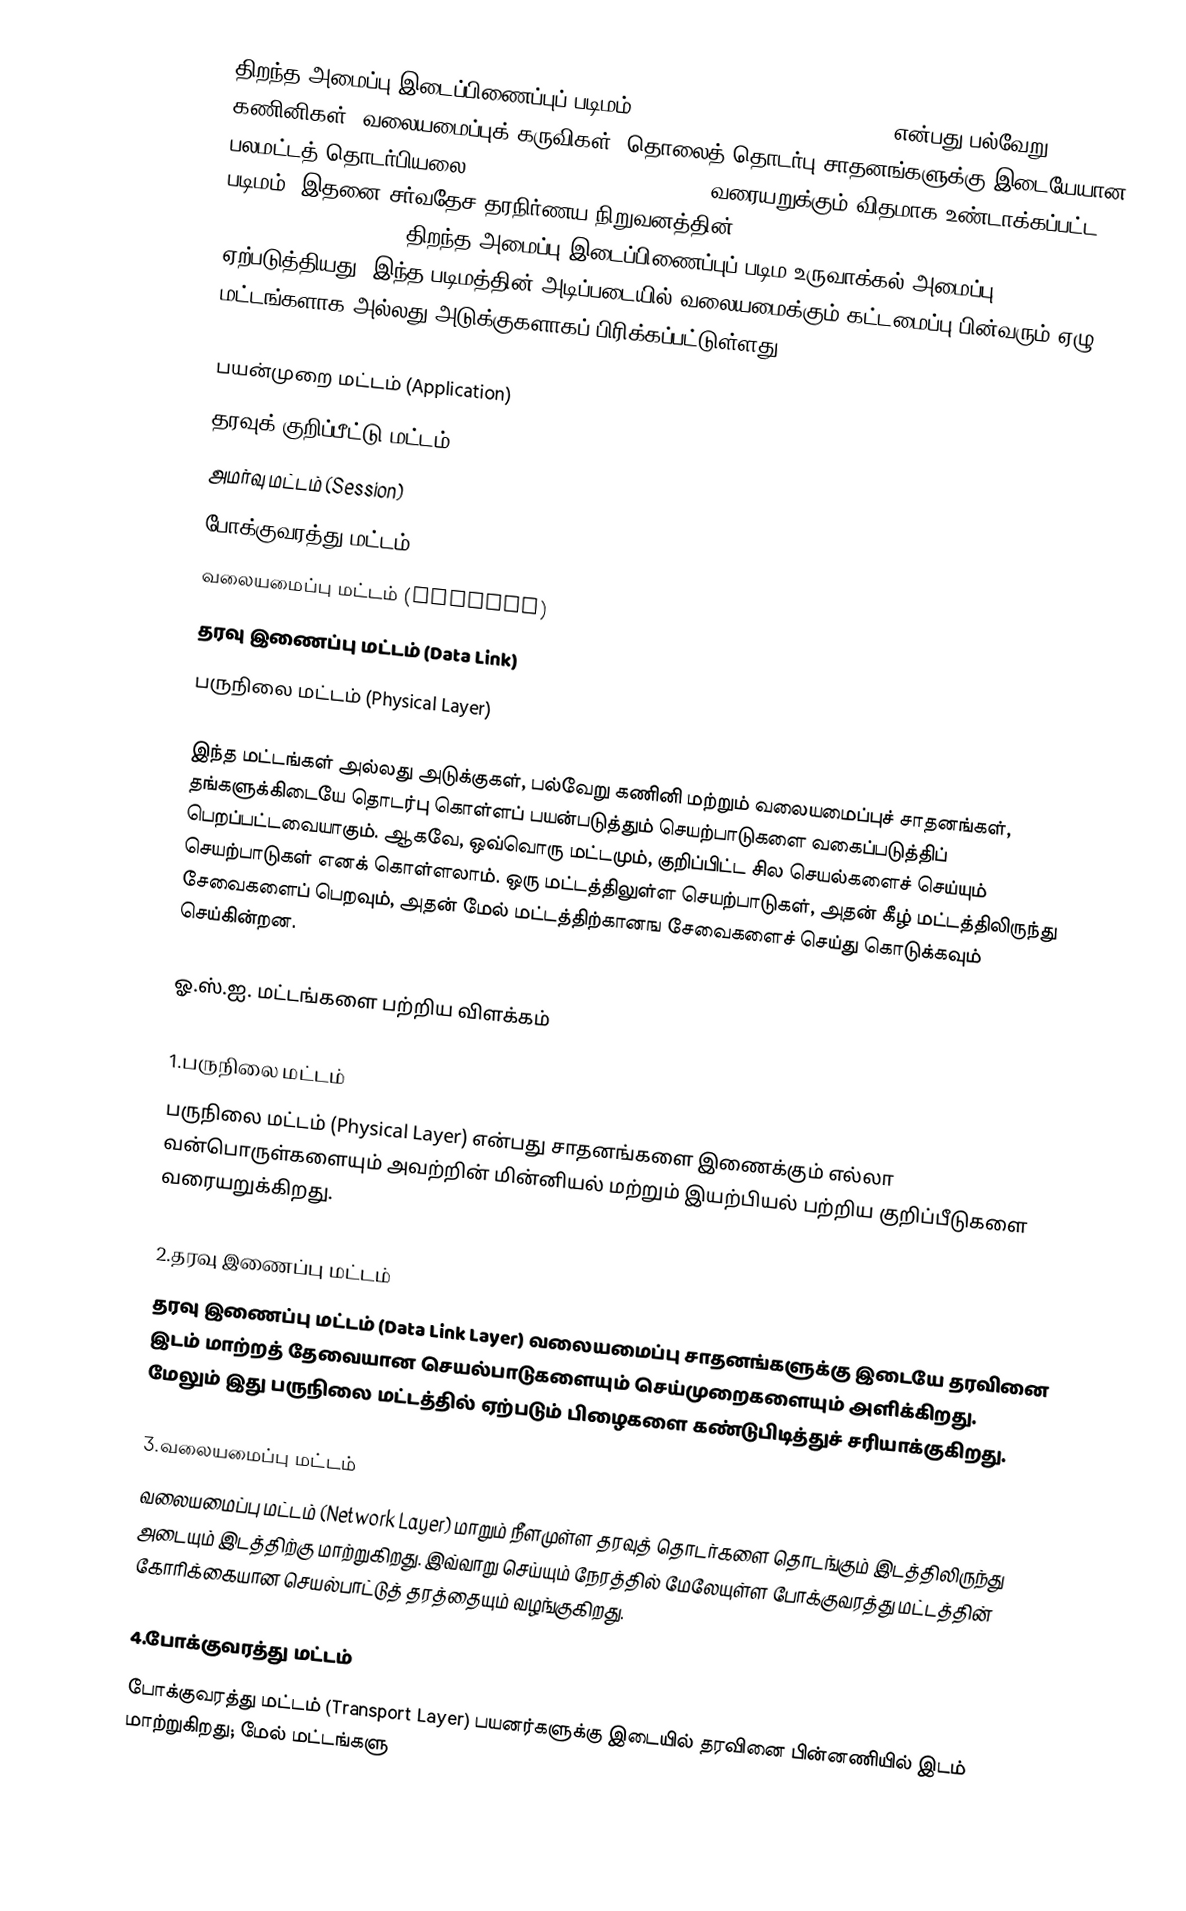
திறந்த அமைப்பு இடைப்பிணைப்புப் படிமம் (Open Systems Interconnection) என்பது பல்வேறு கணினிகள், வலையமைப்புக் கருவிகள், தொலைத் தொடர்பு சாதனங்களுக்கு இடையேயான பலமட்டத் தொடர்பியலை (multilayered communication) வரையறுக்கும் விதமாக உண்டாக்கப்பட்ட படிமம். இதனை சர்வதேச தரநிர்ணய நிறுவனத்தின் (International Organization for Standardization, ISO) திறந்த அமைப்பு இடைப்பிணைப்புப் படிம உருவாக்கல் அமைப்பு ஏற்படுத்தியது. இந்த படிமத்தின் அடிப்படையில் வலையமைக்கும் கட்டமைப்பு பின்வரும் ஏழு மட்டங்களாக அல்லது அடுக்குகளாகப் பிரிக்கப்பட்டுள்ளது:

 பயன்முறை மட்டம் (Application)
 தரவுக் குறிப்பீட்டு மட்டம் (Presentation)
 அமர்வு மட்டம் (Session)
 போக்குவரத்து மட்டம் (Transport)
 வலையமைப்பு மட்டம் (Network)
 தரவு இணைப்பு மட்டம் (Data Link)
 பருநிலை மட்டம் (Physical Layer)

இந்த மட்டங்கள் அல்லது அடுக்குகள், பல்வேறு கணினி மற்றும் வலையமைப்புச் சாதனங்கள், தங்களுக்கிடையே தொடர்பு கொள்ளப் பயன்படுத்தும் செயற்பாடுகளை வகைப்படுத்திப் பெறப்பட்டவையாகும். ஆகவே, ஒவ்வொரு மட்டமும், குறிப்பிட்ட சில செயல்களைச் செய்யும் செயற்பாடுகள் எனக் கொள்ளலாம். ஒரு மட்டத்திலுள்ள செயற்பாடுகள், அதன் கீழ் மட்டத்திலிருந்து சேவைகளைப் பெறவும், அதன் மேல் மட்டத்திற்கானங சேவைகளைச் செய்து கொடுக்கவும் செய்கின்றன.

ஓ.ஸ்.ஐ. மட்டங்களை பற்றிய விளக்கம்

1.பருநிலை மட்டம்
பருநிலை மட்டம் (Physical Layer) என்பது சாதனங்களை இணைக்கும் எல்லா வன்பொருள்களையும் அவற்றின் மின்னியல் மற்றும் இயற்பியல் பற்றிய குறிப்பீடுகளை வரையறுக்கிறது.

2.தரவு இணைப்பு மட்டம்
தரவு இணைப்பு மட்டம் (Data Link Layer) வலையமைப்பு சாதனங்களுக்கு இடையே தரவினை இடம் மாற்றத் தேவையான செயல்பாடுகளையும் செய்முறைகளையும் அளிக்கிறது. மேலும் இது பருநிலை மட்டத்தில் ஏற்படும் பிழைகளை கண்டுபிடித்துச் சரியாக்குகிறது.

3.வலையமைப்பு மட்டம்
வலையமைப்பு மட்டம் (Network Layer) மாறும் நீளமுள்ள தரவுத் தொடர்களை தொடங்கும் இடத்திலிருந்து அடையும் இடத்திற்கு மாற்றுகிறது. இவ்வாறு செய்யும் நேரத்தில் மேலேயுள்ள போக்குவரத்து மட்டத்தின் கோரிக்கையான செயல்பாட்டுத் தரத்தையும் வழங்குகிறது.

4.போக்குவரத்து மட்டம்
போக்குவரத்து மட்டம் (Transport Layer) பயனர்களுக்கு இடையில் தரவினை பின்னணியில் இடம் மாற்றுகிறது; மேல் மட்டங்களு